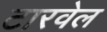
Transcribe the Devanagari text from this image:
टारवेल